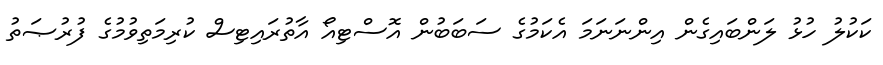
ކަކުލު ހުޅު ލަންބައިގެން އިންނަނަމަ އެކަމުގެ ސަބަބުން އޮސްޓިއޯ އާތުރައިޓިސް ކުރިމަތިވުމުގެ ފުރުޞަތު